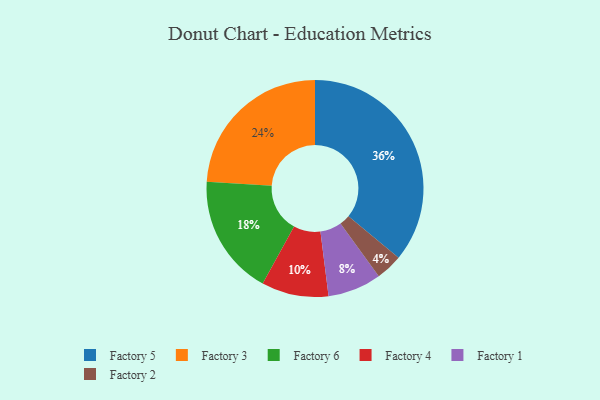
{"axis": {"x": "Category", "y": "Percentage"}, "legend": ["Factory 1", "Factory 2", "Factory 3", "Factory 4", "Factory 5", "Factory 6"], "data": [{"x": "Factory 3", "y": 24, "type": "Factory 3"}, {"x": "Factory 2", "y": 4, "type": "Factory 2"}, {"x": "Factory 6", "y": 18, "type": "Factory 6"}, {"x": "Factory 1", "y": 8, "type": "Factory 1"}, {"x": "Factory 4", "y": 10, "type": "Factory 4"}, {"x": "Factory 5", "y": 36, "type": "Factory 5"}]}